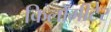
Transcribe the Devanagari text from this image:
किलोमीटेर